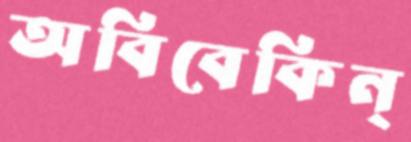
অবিবেকিন্